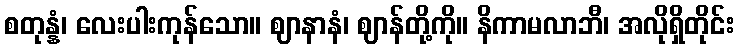
စတုန္နံ၊ လေးပါးကုန်သော။ ဈာနာနံ၊ ဈာန်တို့ကို။ နိကာမလာဘီ၊ အလိုရှိတိုင်း